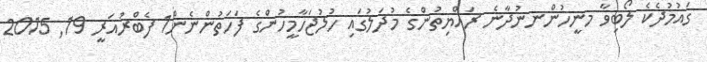
ގައުމުދެކެ ލޯބިވާ މނީހުންނނުދާނެ ރައްޔިތުންގެ މުދަލުގައި ހުލުޖަހާމީހުންގެ ފަހަތުންނެން1 ފެބްރުއަރީ 19